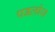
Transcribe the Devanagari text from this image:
पडलोय